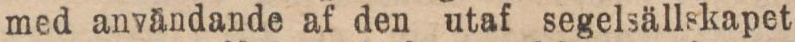
med användande af den utaf segelsällskapet